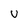
Character: U